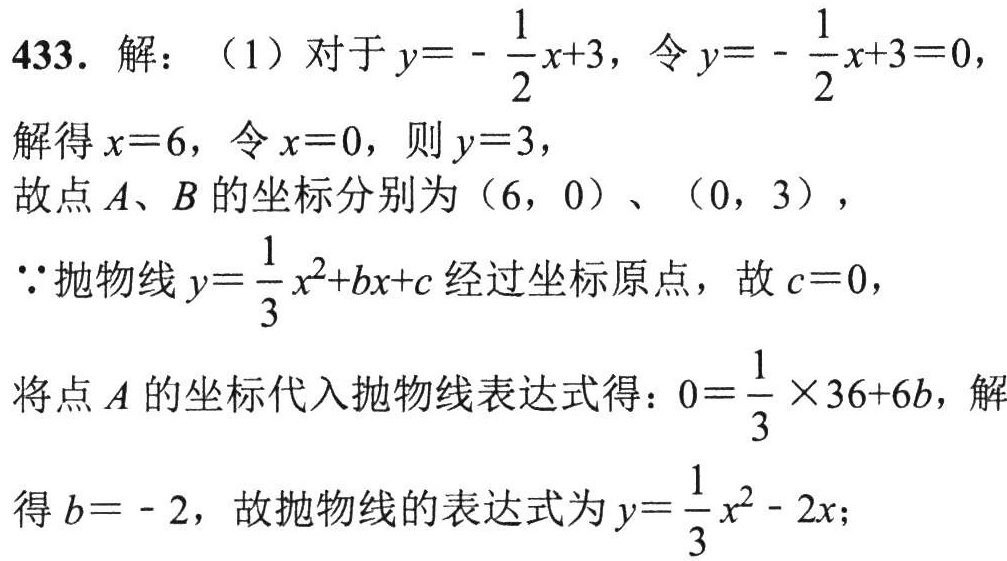
433. 解：（1）对于\(y = -\frac{1}{2}x + 3\)，令\(y = -\frac{1}{2}x + 3 = 0\)，
解得\(x = 6\)，令\(x = 0\)，则\(y = 3\)，
故点\(A\)、\(B\)的坐标分别为\((6,0)\)、\((0,3)\)，
\(\because\)抛物线\(y=\frac{1}{3}x^{2}+bx + c\)经过坐标原点，故\(c = 0\)，
将点\(A\)的坐标代入抛物线表达式得：\(0=\frac{1}{3}\times36 + 6b\)，解
得\(b = - 2\)，故抛物线的表达式为\(y=\frac{1}{3}x^{2}-2x\)；